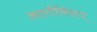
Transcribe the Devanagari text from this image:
आर्त्तबिशप